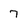
Character: 7